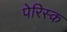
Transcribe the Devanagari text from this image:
पेरिस्क